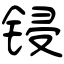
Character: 锓